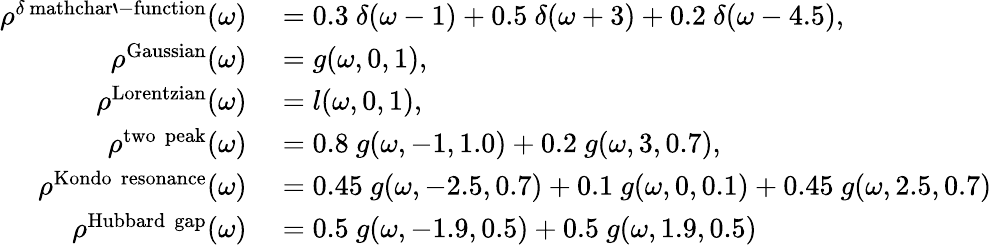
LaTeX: \begin{array}{rl}{\rho^{\delta\mathrm{\ mathchar`-function}}(\omega)}&{{}=0.3~\delta(\omega-1)+0.5~\delta(\omega+3)+0.2~\delta(\omega-4.5),}\\ {\rho^{\mathrm{Gaussian}}(\omega)}&{{}=g(\omega,0,1),}\\ {\rho^{\mathrm{Lorentzian}}(\omega)}&{{}=l(\omega,0,1),}\\ {\rho^{\mathrm{two\, \, peak}}(\omega)}&{{}=0.8~g(\omega,-1,1.0)+0.2~g(\omega,3,0.7),}\\ {\rho^{\mathrm{Kondo\, \, resonance}}(\omega)}&{{}=0.45~g(\omega,-2.5,0.7)+0.1~g(\omega,0,0.1)+0.45~g(\omega,2.5,0.7)}\\ {\rho^{\mathrm{Hubbard\, \, gap}}(\omega)}&{{}=0.5~g(\omega,-1.9,0.5)+0.5~g(\omega,1.9,0.5)}\end{array}